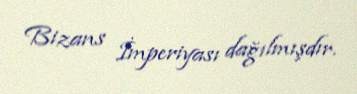
Bizans İmperiyası dağılmışdır.